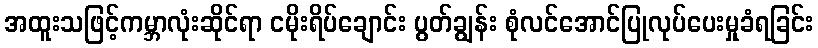
အထူးသဖြင့်ကမ္ဘာလုံးဆိုင်ရာ ငမိုးရိပ်ချောင်း ပွတ်ချွန်း စုံလင်အောင်ပြုလုပ်ပေးမှုခံရခြင်း